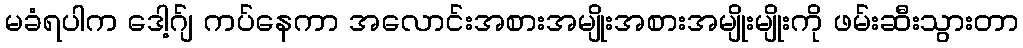
မခံရပါက ဒေါ့ဂ်ျ ကပ်နေကာ အလောင်းအစားအမျိုးအစားအမျိုးမျိုးကို ဖမ်းဆီးသွားတာ